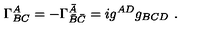
\Gamma _ { B C } ^ { A } = - \Gamma _ { \bar { B } \bar { C } } ^ { \bar { A } } = i g ^ { A D } g _ { B C D } \ .